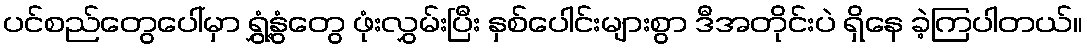
ပင်စည်တွေပေါ်မှာ ရွှံ့နွံတွေ ဖုံးလွှမ်းပြီး နှစ်ပေါင်းများစွာ ဒီအတိုင်းပဲ ရှိနေ ခဲ့ကြပါတယ်။